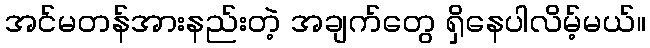
အင်မတန်အားနည်းတဲ့ အချက်တွေ ရှိနေပါလိမ့်မယ်။